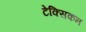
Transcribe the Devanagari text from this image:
टेक्सिकन